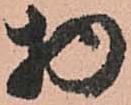
物